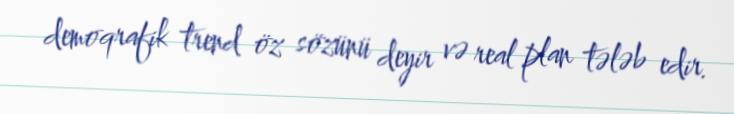
demoqrafik trend öz sözünü deyir və real plan tələb edir.